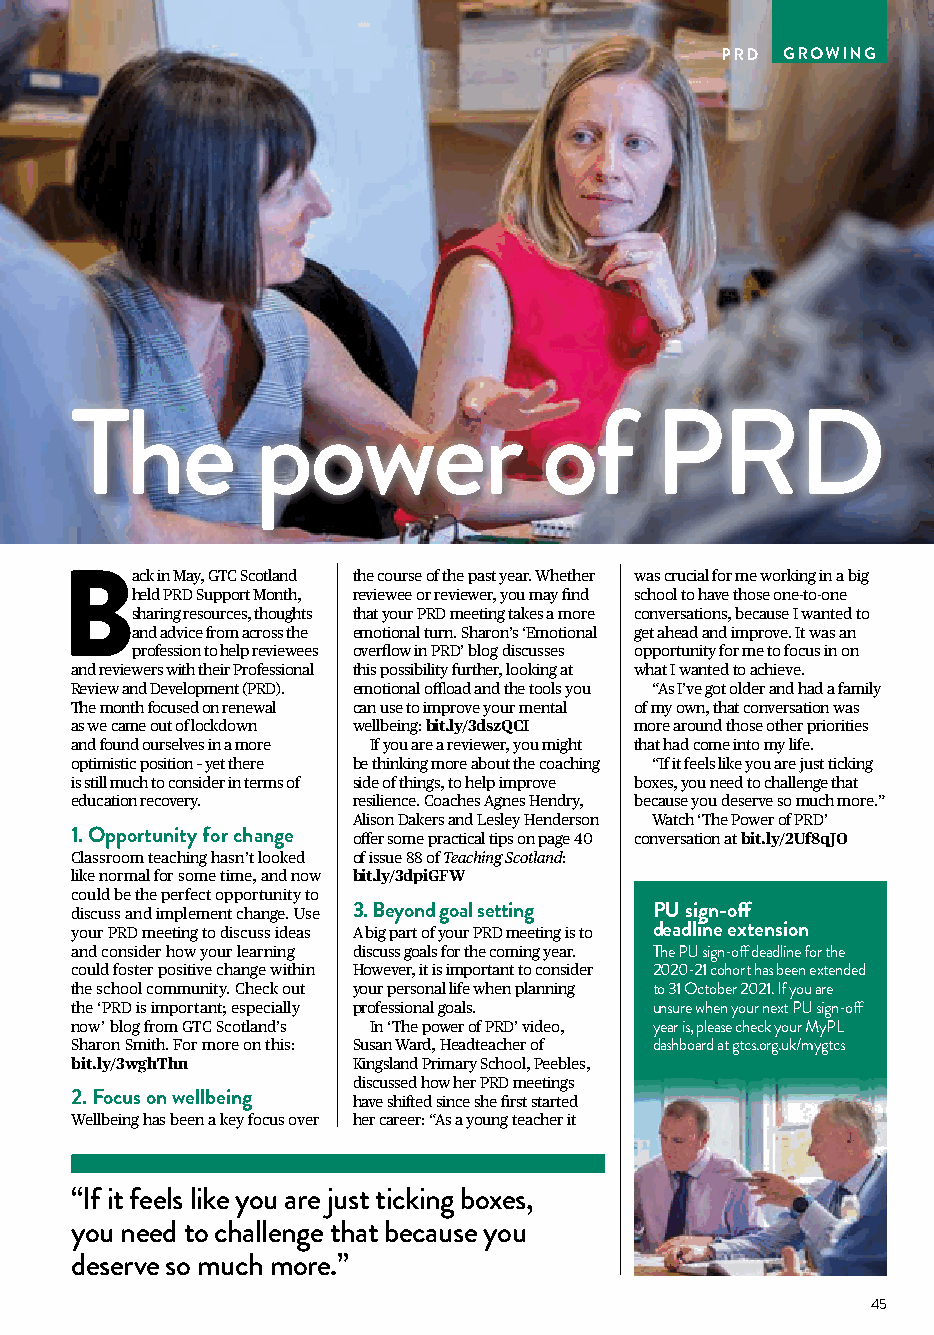
PRD GROWING
 The         power              of     PRD
 ack in May, GTC Scotland the course of the past year. Whether was crucial for me working in a big
 B
 held PRD Support Month, reviewee or reviewer, you may find school to have those one-to-one
 sharing resources, thoughts that your PRD meeting takes a more conversations, because I wanted to
 and advice from across the emotional turn. Sharon’s ‘Emotional get ahead and improve. It was an
 profession to help reviewees overflow in PRD’ blog discusses opportunity for me to focus in on
 and reviewers with their Professional this possibility further, looking at what I wanted to achieve.
 Review and Development (PRD). emotional offload and the tools you “As I’ve got older and had a family
 The month focused on renewal can use to improve your mental of my own, that conversation was
 as we came out of lockdown wellbeing: bit.ly/3dszQCI more around those other priorities
 and found ourselves in a more If you are a reviewer, you might that had come into my life.
 optimistic position – yet there be thinking more about the coaching “If it feels like you are just ticking
 is still much to consider in terms of side of things, to help improve boxes, you need to challenge that
 education recovery. resilience. Coaches Agnes Hendry, because you deserve so much more.”
 Alison Dakers and Lesley Henderson Watch ‘The Power of PRD’
 1. Opportunity for change offer some practical tips on page 40 conversation at bit.ly/2Uf8qJO
 Classroom teaching hasn’t looked of issue 88 of Teaching Scotland:
 like normal for some time, and now bit.ly/3dpiGFW
 could be the perfect opportunity to
 discuss and implement change. Use 3. Beyond goal setting PU sign-off
 your PRD meeting to discuss ideas A big part of your PRD meeting is to deadline extension
 and consider how your learning discuss goals for the coming year. The PU sign-off deadline for the
 could foster positive change within However, it is important to consider 2020-21 cohort has been extended
 the school community. Check out your personal life when planning to 31 October 2021. If you are
 the ‘PRD is important; especially professional goals. unsure when your next PU sign-off
 now’ blog from GTC Scotland’s In ‘The power of PRD’ video, year is, please check your MyPL
 Sharon Smith. For more on this: Susan Ward, Headteacher of dashboard at gtcs.org.uk/mygtcs
 bit.ly/3wghThn    Kingsland Primary School, Peebles,
 discussed how her PRD meetings
 2. Focus on wellbeing have shifted since she first started
 Wellbeing has been a key focus over her career: “As a young teacher it
 “If it feels like you are just ticking boxes,
 you need to challenge that because you
 deserve so much more.”
 45